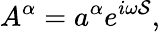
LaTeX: A^{\alpha}=a^{\alpha}e^{i\omega{\cal S}},